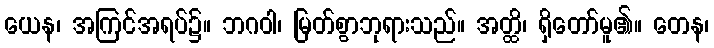
ယေန၊ အကြင်အရပ်၌။ ဘဂဝါ၊ မြတ်စွာဘုရားသည်။ အတ္ထိ၊ ရှိတော်မူ၏။ တေန၊